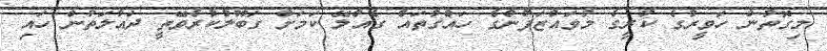
މިގޮތުން ހަވީރުގެ ކުރީގެ މުވައްޒަފުންގެ ހައްގުތައް ގެއްލޭ ކަމަށް ގަބޫލުކުރެވޭތީ ދައުލަތުން ހައި